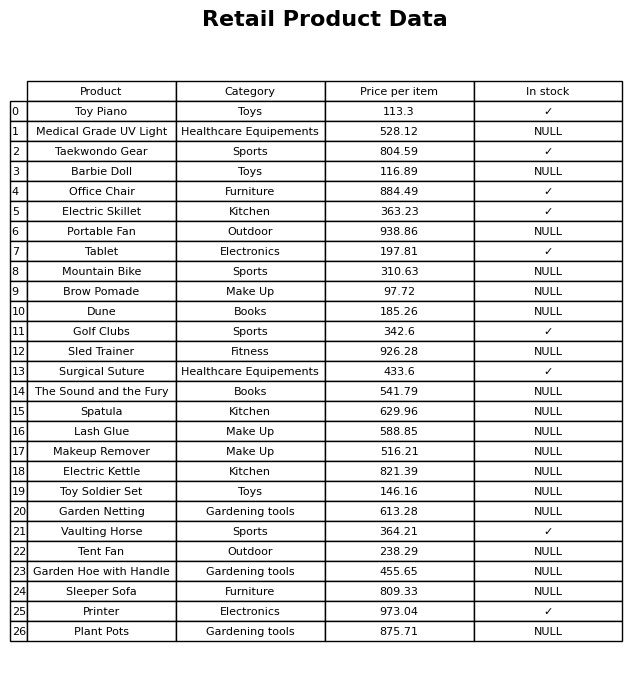
question: What is the price of the Mountain Bike?
answer: The price of Mountain Bike is 310.63.